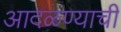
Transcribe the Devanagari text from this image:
आदळण्याची